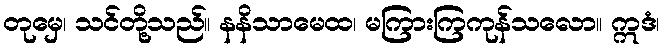
တုမှေ၊ သင်တို့သည်။ နနိသာမေထ၊ မကြားကြကုန်သလော။ ဣဒံ၊